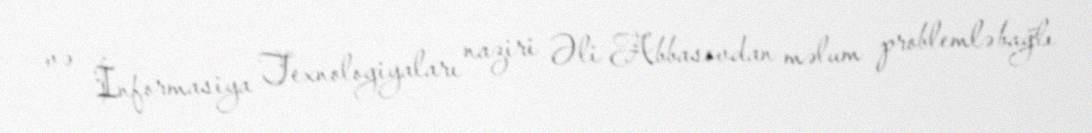
və İnformasiya Texnologiyaları naziri Əli Abbasovdan məlum problemlə bağlı